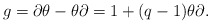
\begin{align*}g=\partial \theta -\theta \partial =1+(q-1)\theta \partial .\end{align*}